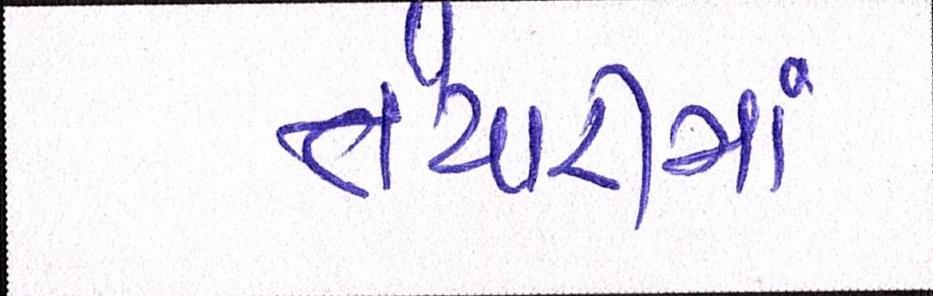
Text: તૈયારીમાં